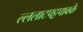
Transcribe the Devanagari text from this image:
ल्ललाटपट्टपावके